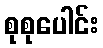
စုစုပေါင်း